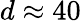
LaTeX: d\approx 40